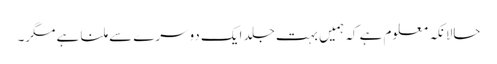
حالانکہ معلوم ہے کہ ہمیں بہت جلد ایک دوسرے سے ملنا ہے مگر۔